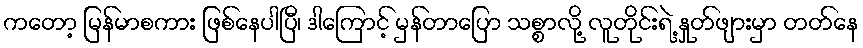
ကတော့ မြန်မာစကား ဖြစ်နေပါပြီ၊ ဒါကြောင့် မှန်တာပြော သစ္စာလို့ လူတိုင်းရဲ့ နှုတ်ဖျားမှာ တတ်နေ